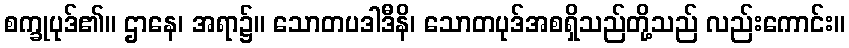
စက္ခုပုဒ်၏။ ဌာနေ၊ အရာ၌။ သောတပဒါဒီနိ၊ သောတပုဒ်အစရှိသည်တို့သည် လည်းကောင်း။